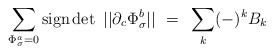
\begin{align*}\sum_{\Phi^a_\sigma =0} {\rm sign}\det \ || \partial_c\Phi^b_\sigma || ~=~ \sum_k (-)^k B_k\end{align*}